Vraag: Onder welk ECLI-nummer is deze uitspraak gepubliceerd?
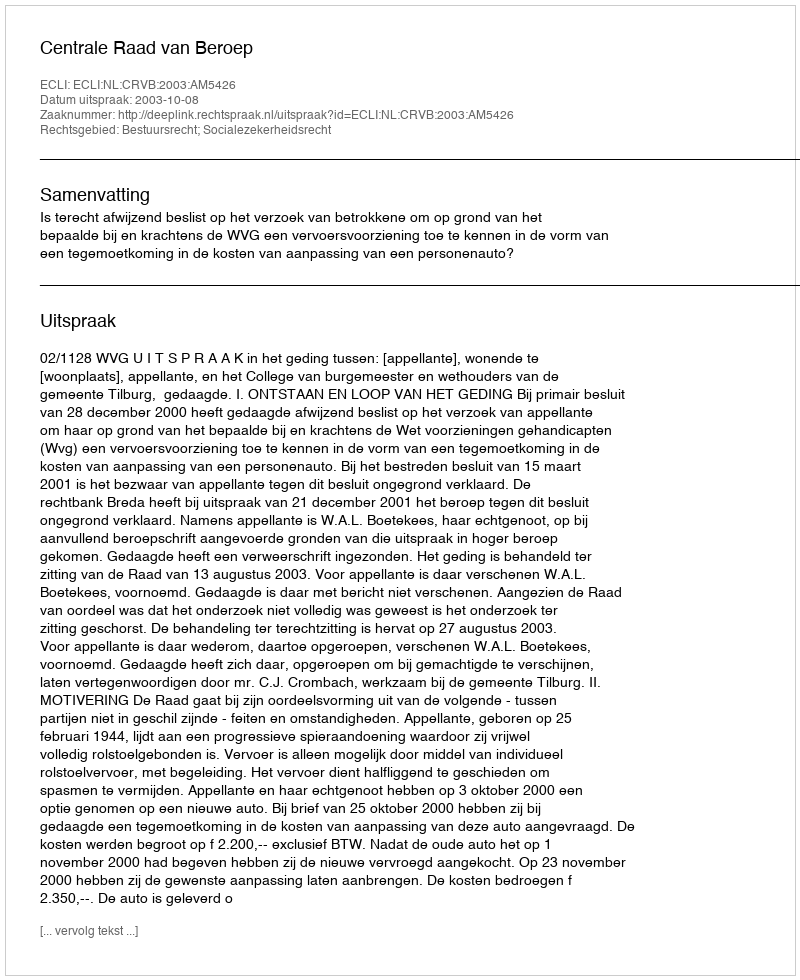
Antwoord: ECLI:NL:CRVB:2003:AM5426